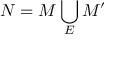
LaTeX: { \cal N } = { \cal M } \bigcup _ { E } { \cal M } ^ { \prime }